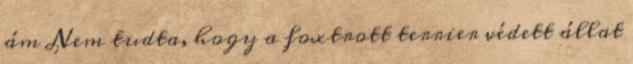
ám Nem tudta, hogy a foxtrott terrier védett állat